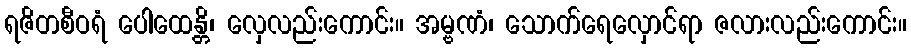
ရဇိတစီဝရံ ပေါထေန္တိ၊ လှေလည်းကောင်း။ အမ္ဗဏံ၊ သောက်ရေလှောင်ရာ ဇလားလည်းကောင်း။